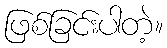
ဖြစ်ခြင်းပါတဲ့။